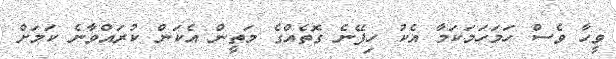
ވީހާ ވެސް ހަމަހަމަކަމާ އެކު ހިފޭނެ ގޮތެއްގެ މަތީން އެކަން ކުރައްވާނެ ކަމަށް